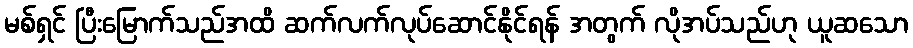
မစ်ရှင် ပြီးမြောက်သည်အထိ ဆက်လက်လုပ်ဆောင်နိုင်ရန် အတွက် လိုအပ်သည်ဟု ယူဆသော